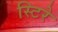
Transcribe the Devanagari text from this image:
स्टिरे